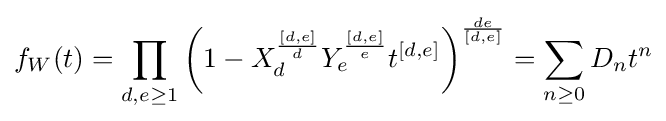
f_{W}(t)=\prod _{d,e\geq 1}\left(1-X_{d}^{\frac {[d,e]}{d}}Y_{e}^{\frac {[d,e]}{e}}t^{[d,e]}\right)^{\frac {de}{[d,e]}}=\sum _{n\geq 0}D_{n}t^{n}